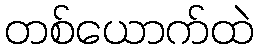
တစ်ယောက်ထဲ